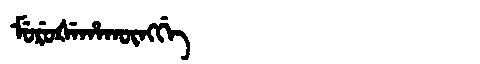
Manchu: ᠮᡠᡵᡠᡧᡝᡥᠠᡴᡡᠩᡤᡝ
Romanization: MURUŠEHAKŪNGGE